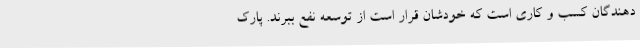
دهندگان کسب و کاری است که خودشان قرار است از توسعه نفع ببرند. پارک